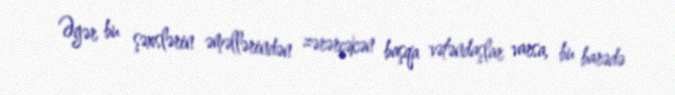
Əgər bu şəxslərin əməllərindən zərərçəkən başqa vətəndaşlar varsa, bu barədə